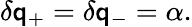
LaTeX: \delta\mathsf{q}_{+}=\delta\mathsf{q}_{-}=\alpha.